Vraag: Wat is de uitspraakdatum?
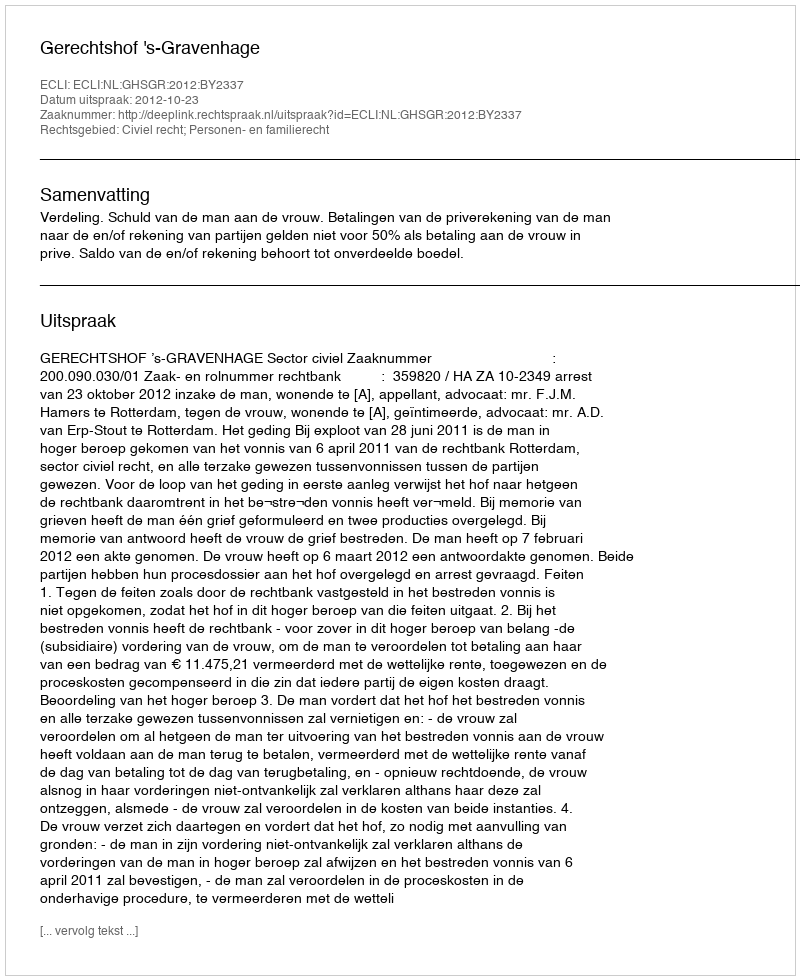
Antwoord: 2012-10-23